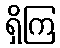
ရှိကြ